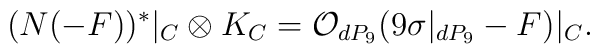
(N (-F))^{*}|_C\otimes K_C= {\cal O}_{dP_9}(9 \sigma|_{dP_9} -F)|_C.